Lunatic asylums Madras 1877-1891 - 1877-1891
Year: 1877
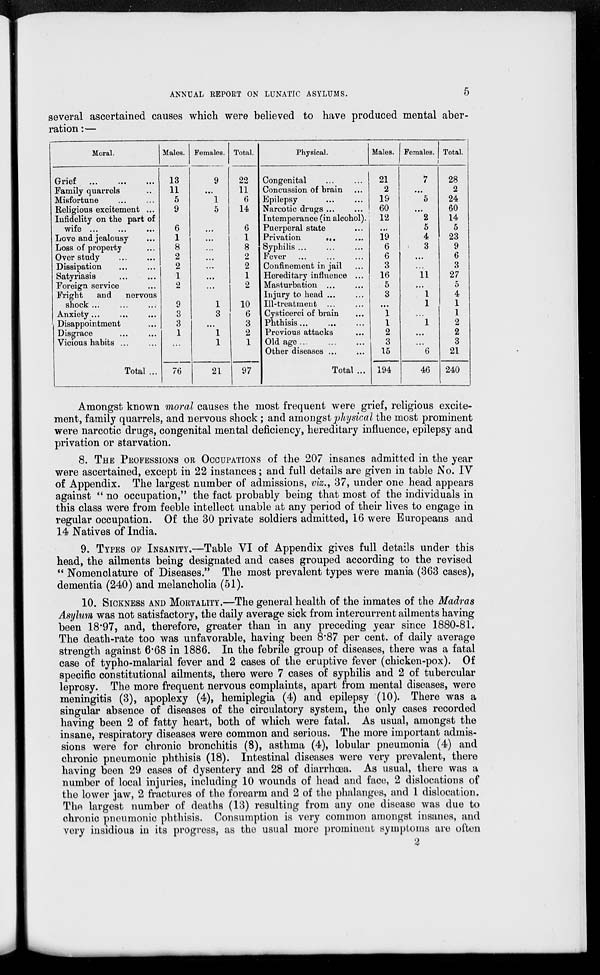
ANNUAL REPORT ON LUNATIC ASYLUMS.
5
several ascertained causes which were believed to have produced mental aber-
ration:—
Moral.
Grief ... ... ...
Family quarrels ..
Misfortune
...
...
Religious excitement ...
Infidelity on the part of
wife ...
...
...
Love and jealousy ...
Loss of property ...
Over study
...
...
Dissipation
...
...
Satyriasis
...
...
Foreign service ...
Fright
and
nervous
shock ... ... ...
Anxiety ... ... ...
Disappointment ...
Disgrace
...
...
Vicious habits
...
...
Total ...
Males.
13
11
5
9
6
1
8
2
2
1
2
9
3
3
1
...
76
Females.
9
...
1
5
...
...
...
...
...
...
...
1
3
...
1
1
21
Total.
22
11
6
14
6
1
8
2
2
1
2
10
6
3
2
1
97
Physical.
Congenital
...
...
Concussion of brain ...
Epilepsy
...
...
Narcotic drugs ... ...
Intemperance (in alcohol).
Puerperal state ...
Privation
... ...
Syphilis
...
...
...
Fever ...
...
...
Confinement in jail ...
Hereditary influence ...
Masturbation
...
...
Injury to head ... ...
Ill-treatment ... ...
Cysticerci of brain ...
Phthisis
...
...
...
Previous attacks ...
Old age ... ... ...
Other diseases ... ...
Total ...
Males.
21
2
19
60
12
...
19
6
6
3
16
5
3
...
1
1
2
3
15
194
Females.
7
...
5
...
2
5
4
3
...
...
11
...
1
1
...
1
...
...
6
46
Total.
28
2
24
60
14
5
23
9
6
3
27
5
4
1
1
2
2
3
21
240
Amongst known moral causes the most frequent were grief, religious excite-
ment, family quarrels, and nervous shock ; and amongst physical the most prominent
were narcotic drugs, congenital mental deficiency, hereditary influence, epilepsy and
privation or starvation.
8. THE PROFESSIONS OR OCCUPATIONS of the 207 insanes admitted in the year
were ascertained, except in 22 instances ; and full details are given in table No. IV
of Appendix. The largest number of admissions, viz., 37, under one head appears
against " no occupation," the fact probably being that most of the individuals in
this class were from feeble intellect unable at any period of their lives to engage in
regular occupation. Of the 30 private soldiers admitted, 16 were Europeans and
14 Natives of India.
9. TYPES OF INSANITY.—Table VI of Appendix gives full details under this
head, the ailments being designated and cases grouped according to the revised
" Nomenclature of Diseases." The most prevalent types were mania (363 cases),
dementia (240) and melancholia (51).
10. SICKNESS AND MORTALITY.—The general health of the inmates of the Madras
Asylum was not satisfactory, the daily average sick from intercurrent ailments having
been 18.97, and, therefore, greater than in any preceding year since 1880-81.
The death-rate too was unfavorable, having been 8.87 per cent. of daily average
strength against 6.68 in 1886. In the febrile group of diseases, there was a fatal
case of typho-malarial fever and 2 cases of the eruptive fever (chicken-pox). Of
specific constitutional ailments, there were 7 cases of syphilis and 2 of tubercular
leprosy. The more frequent nervous complaints, apart from mental diseases, were
meningitis (3), apoplexy (4), hemiplegia (4) and epilepsy (10). There was a
singular absence of diseases of the circulatory system, the only cases recorded
having been 2 of fatty heart, both of which were fatal. As usual, amongst the
insane, respiratory diseases were common and serious. The more important admis-
sions were for chronic bronchitis (8), asthma (4), lobular pneumonia (4) and
chronic pneumonic phthisis (18). Intestinal diseases were very prevalent, there
having been 29 cases of dysentery and 28 of diarrhœa. As usual, there was a
number of local injuries, including 10 wounds of head and face, 2 dislocations of
the lower jaw, 2 fractures of the forearm and 2 of the phalanges, and 1 dislocation.
The largest number of deaths (13) resulting from any one disease was due to
chronic pneumonic phthisis. Consumption is very common amongst insanes, and
very insidious in its progress, as the usual more prominent symptoms are often
2